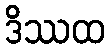
ဒိဿထ